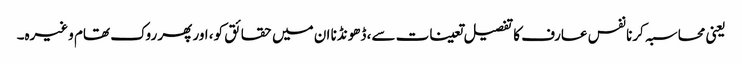
یعنی محاسبہ کرنا نفس عارف کا تفصیل تعینات سے، ڈھونڈنا ان میں حقائق کو، اور پھر روک تھام وغیرہ۔